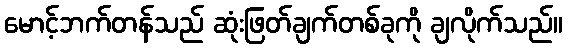
မောင့်ဘက်တန်သည် ဆုံးဖြတ်ချက်တစ်ခုကို ချလိုက်သည်။